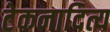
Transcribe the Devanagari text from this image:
टेकनादित्य